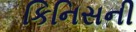
કિનિસની